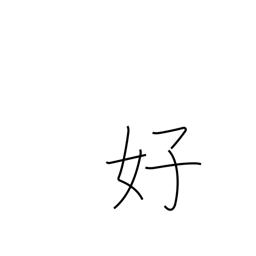
Meaning: pleasing